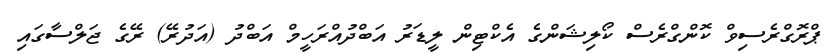
ޕްރޮގްރެސިވް ކޮންގްރެސް ކޯލިޝަންގެ އެކްޓިން ލީޑަރު އަބްދުއްރަހީމް އަބްދު (އަދުރޭ) ރޭގެ ޖަލްސާގައި